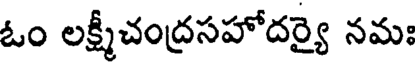
ఓం లక్ష్మీచంద్రసహోదర్యై నమః